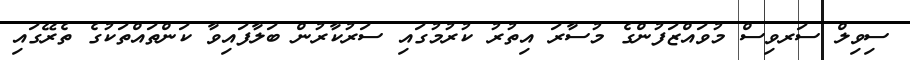
ސިވިލް ސަރވިސް މުވައްޒަފުންގެ މުސާރަ އިތުރު ކުރުމުގައި ސަރުކާރުން ބަލާފައިވާ ކަންތައްތަކުގެ ތެރޭގައި